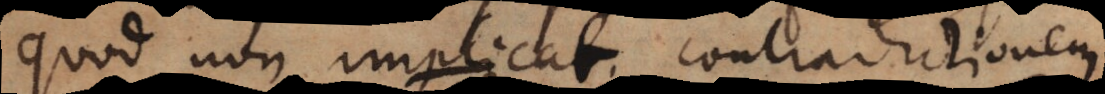
quod non implicat contradictionem.